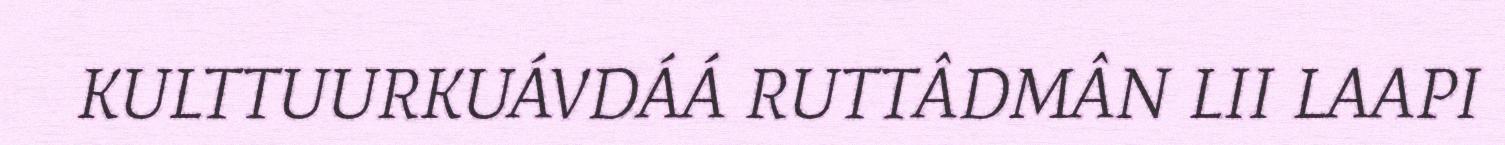
KULTTUURKUÁVDÁÁ RUTTÂDMÂN LII LAAPI